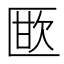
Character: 𭅜